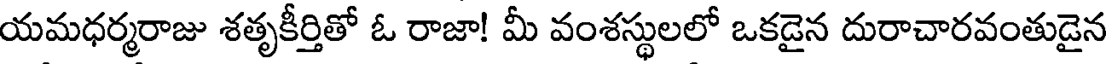
యమధర్మరాజు శతృకీర్తితో ఓ రాజా! మీ వంశస్థులలో ఒకడైన దురాచారవంతుడైన